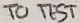
Text: TO TEST